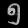
Digit: ၅